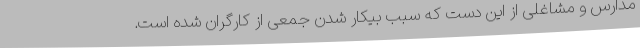
مدارس و مشاغلی از این دست که سبب بیکار شدن جمعی از کارگران شده است.